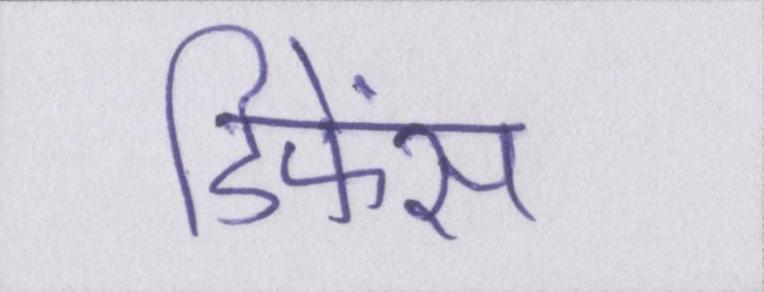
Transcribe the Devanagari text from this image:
डिफेंस